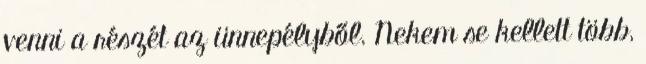
venni a részét az ünnepélyből. Nekem se kellett több,